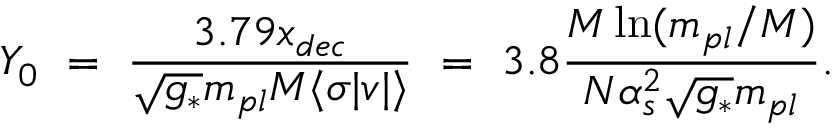
Y _ { 0 } ~ = ~ \frac { 3 . 7 9 x _ { d e c } } { \sqrt { g _ { * } } m _ { p l } M \langle \sigma | v | \rangle } ~ = ~ 3 . 8 \frac { M \ln ( m _ { p l } / M ) } { N \alpha _ { s } ^ { 2 } \sqrt { g _ { * } } m _ { p l } } .